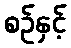
စဉ်နှင့်